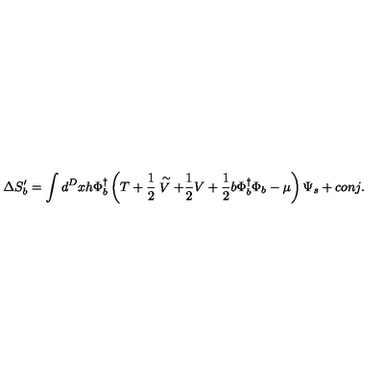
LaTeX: \Delta S _ { b } ^ { \prime } = \int d ^ { D } x h \Phi _ { b } ^ { \dagger } \left( T + \frac { 1 } { 2 } \stackrel { \sim } { V } + \frac { 1 } { 2 } V + \frac { 1 } { 2 } b \Phi _ { b } ^ { \dagger } \Phi _ { b } - \mu \right) \Psi _ { s } + c o n j .